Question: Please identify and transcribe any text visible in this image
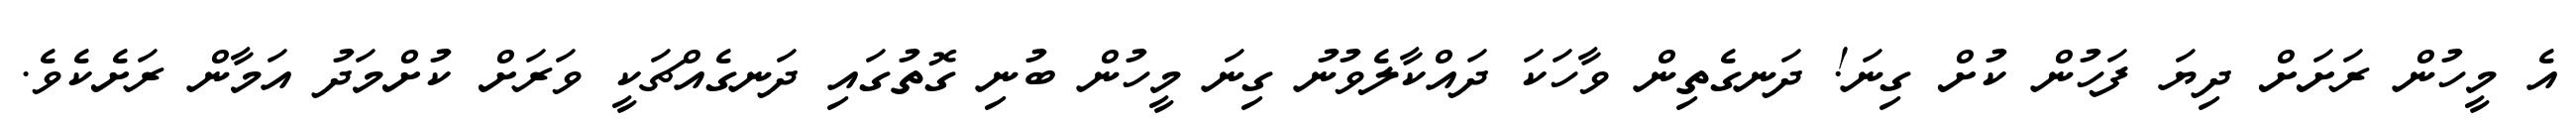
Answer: އެ މީހުން ރަށަށް ދިޔަ ފަހުން ކުށް ގިނަ! ދަނގެތިން ވާހަކަ ދައްކާލެވުނު ގިނަ މީހުން ބުނި ގޮތުގައި ދަނގެއްޗަކީ ވަރަށް ކުށްމަދު އަމާން ރަށެކެވެ.